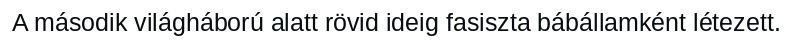
A második világháború alatt rövid ideig fasiszta bábállamként létezett.